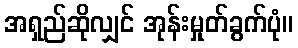
အရှည်ဆိုလျှင် အုန်းမှုတ်ခွက်ပုံ။